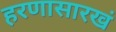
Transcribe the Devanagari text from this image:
हरणासारखं